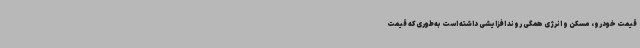
قیمت خودرو، مسکن و انرژی همگی روند افزایشی داشته است به‌طوری‌که قیمت